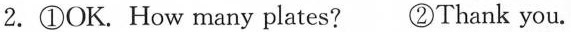
2.①OK. How many plates? ②Thank you.